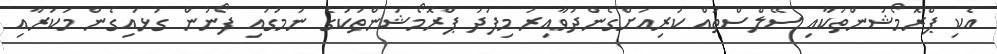
އެކި ޕްރޮމޯޝަންތަކާއި ސޭލްސްތައް ކުރިއަށްގެންދަވާއިރު މިފަދަ ޕްރޮމޯޝަންތަކުގެ ނަމުގައި ފޯނުން ގުޅައިގެން މަކަރާއި